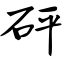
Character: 砰